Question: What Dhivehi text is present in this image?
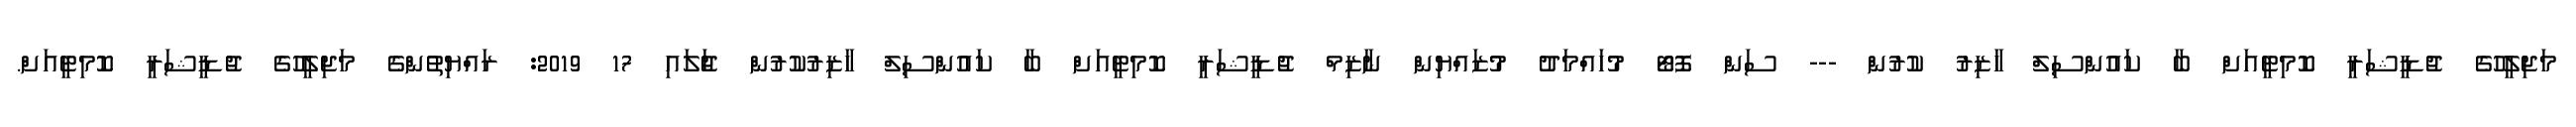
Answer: މަޖިލީހުގެ ޖުޑީޝަރީ ކޮމިޓީއަށް ބާ ކައުންސިލް ހާޒިރު ކުރުން --- ސަން ފޮޓޯ މުހައްމަދު މުޒައްޔިން ނާޒިމް ޖުޑީޝަރީ ކޮމިޓީއަށް ބާ ކައުންސިލް ހާޒިރުކުރުން ޖުަލައި 17 2019: ރައްޔިތުންގެ މަޖިލީހުގެ ޖުޑީޝަރީ ކޮމިޓީއަށް.